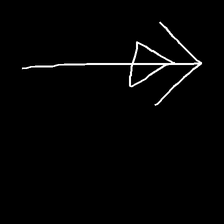
Glyph: pull